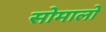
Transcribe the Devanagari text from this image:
सोमालो